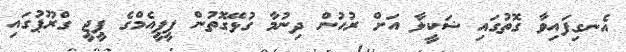
އެނގިފައިވާ ގޮތުގައި ޝަކީލާ އަށް ރުހުން ދިނުމާ ގުޅޭގޮތުން ޕީޕީއެމްގެ ޕީޖީ ގްރޫޕުގައި